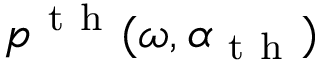
p ^ { \mathrm { ~ t ~ h ~ } } ( \omega , \alpha _ { \mathrm { ~ t ~ h ~ } } )